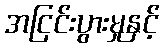
အငြင်းပွားမှုနှင့်